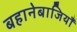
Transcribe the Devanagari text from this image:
बहानेबाजियाँ